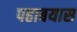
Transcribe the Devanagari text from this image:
पहाबयास